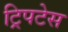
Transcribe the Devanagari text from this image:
ट्रिपटेस